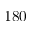
1 8 0